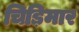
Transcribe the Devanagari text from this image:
चिड़िमार